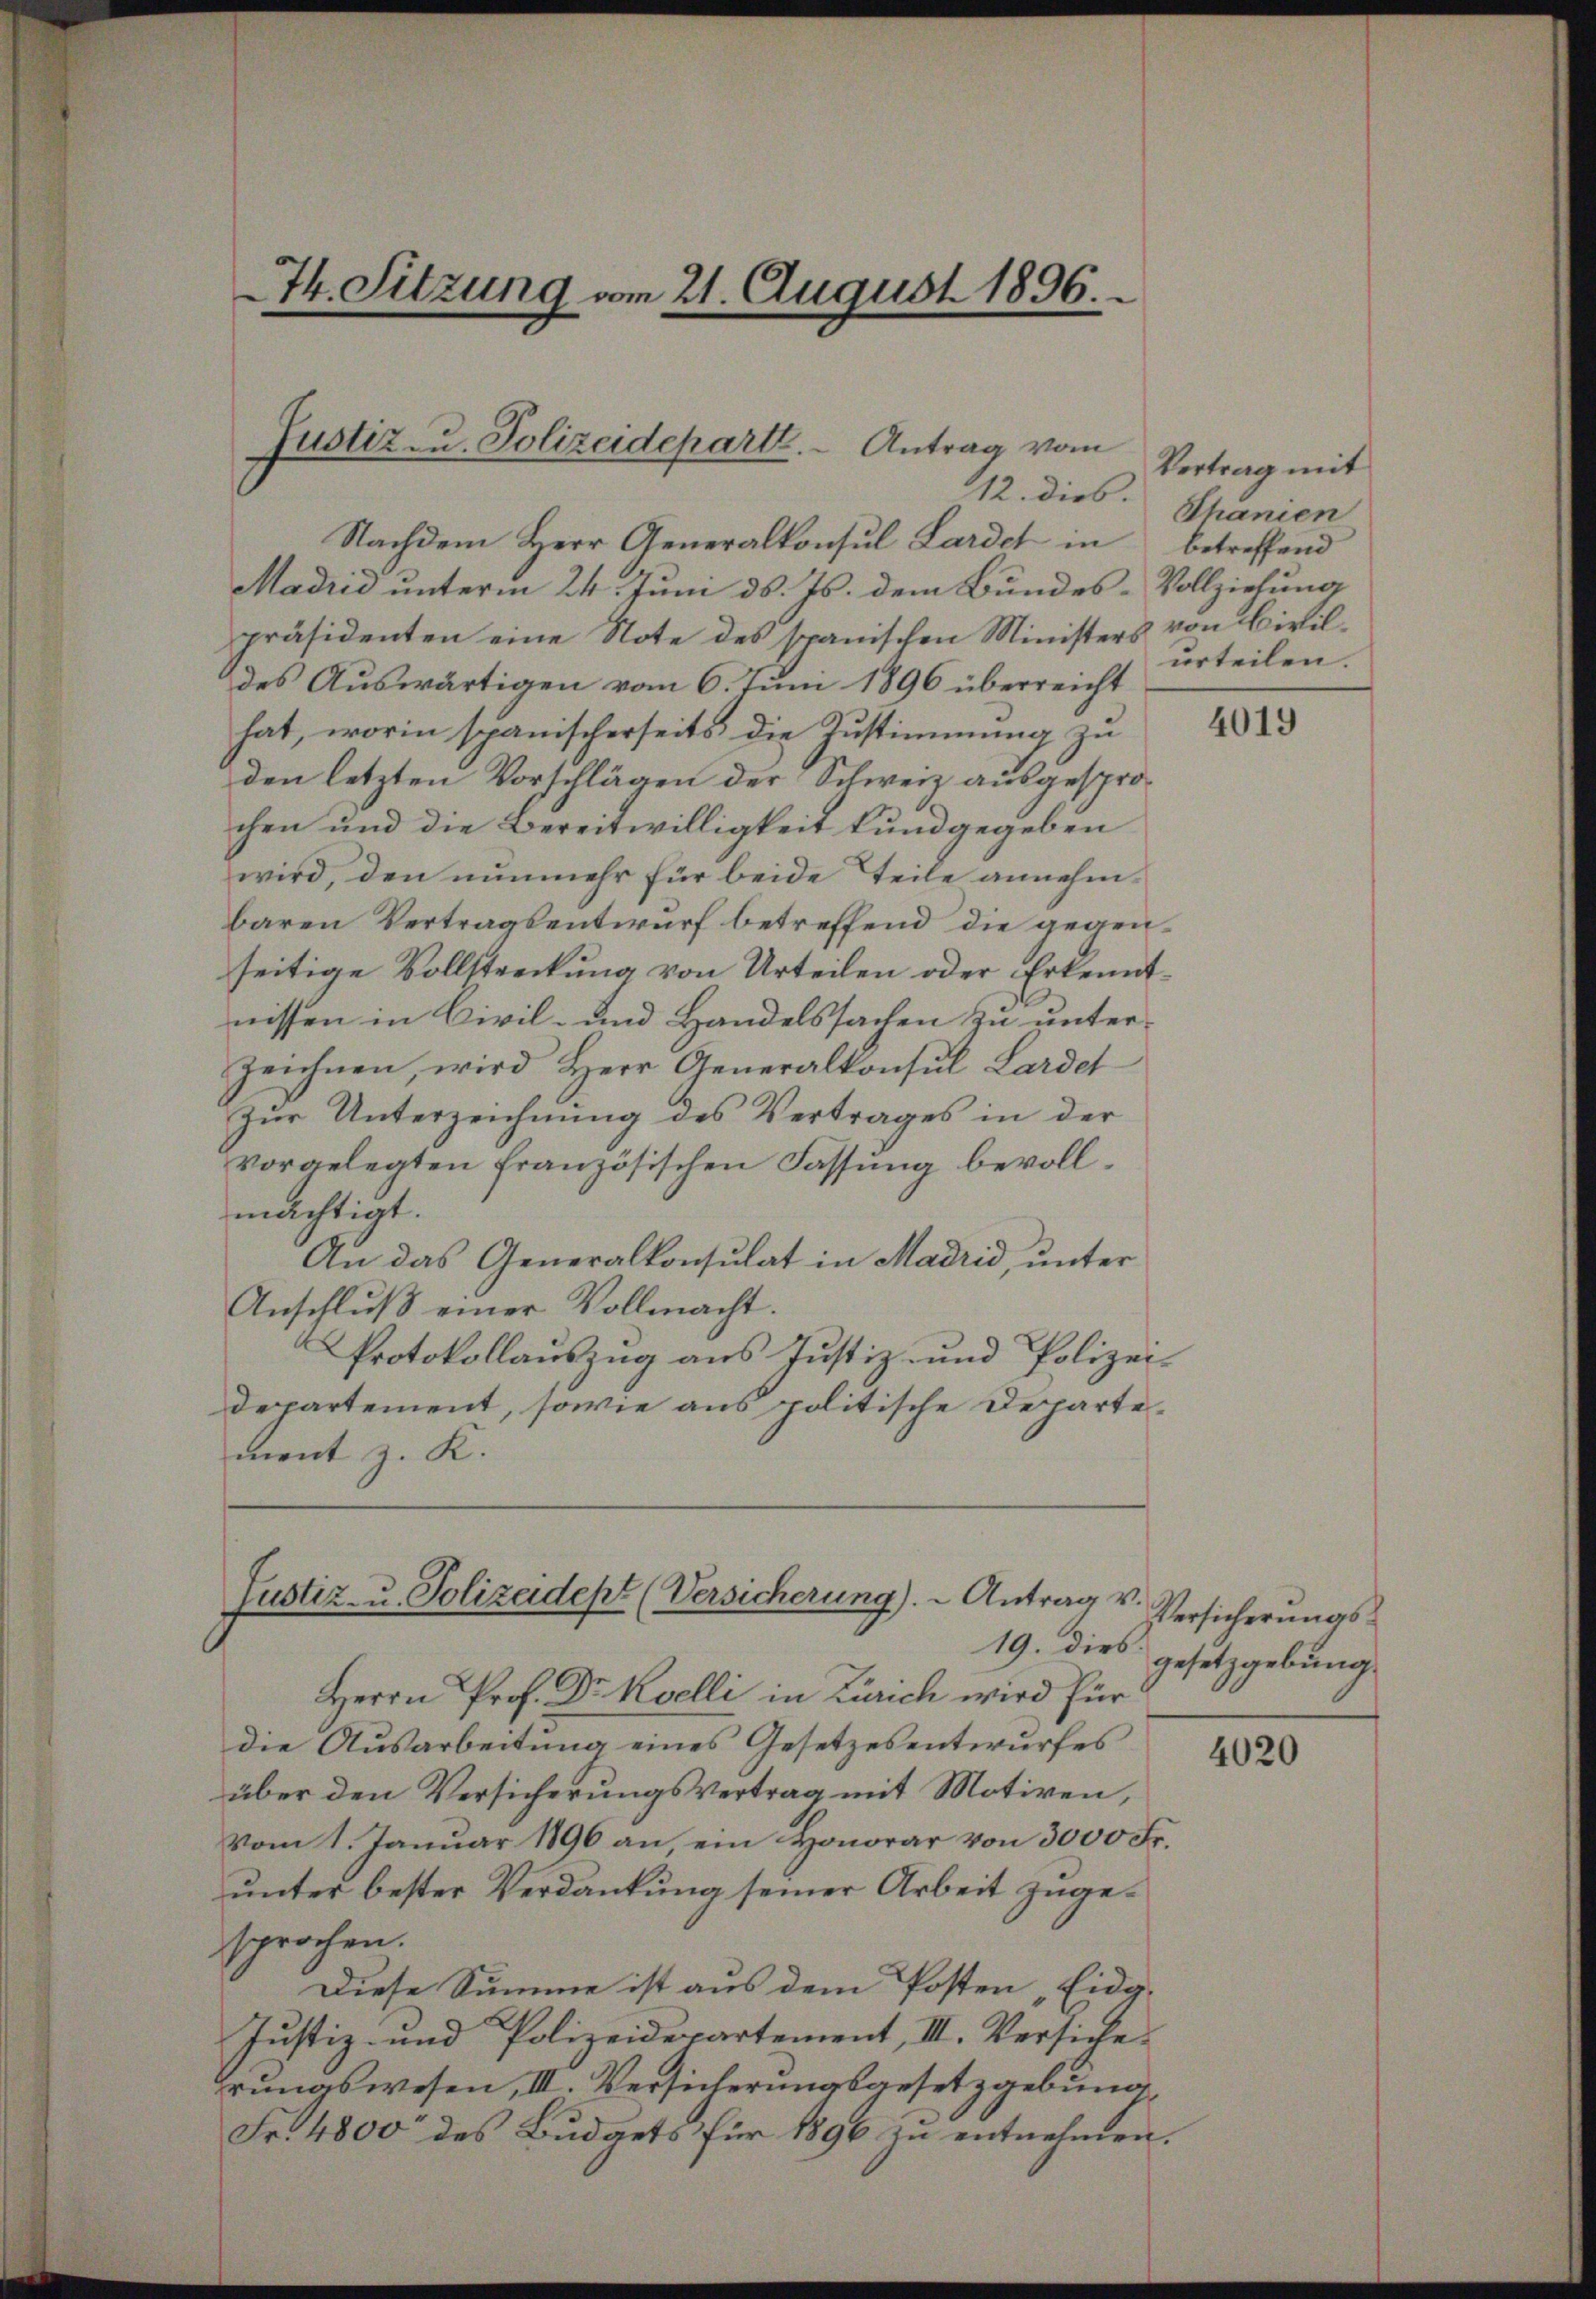
74. Sitzung vom 21. August 1896.

Justiz zu. Polizeideparte. - Antrag vom

Nachdem Herr Generalkonsul Lardet in betreffend
Madrid unterm 24. Juni d. Js. dem Bundes-Vollziehung
präsidenten eine Note des spanischen Ministers von Civildes Auswärtigen vom 6. Juni 1896 überreicht
hat, worin spanischerseits die Zustimmung zu
den letzten Vorschlägen der Schweiz ausgesprochen und die Bereitwilligkeit kundgegeben
wird, den nunmehr für beide Teile annehmbaren Vertragsentwurf betreffend die gegenseitige Vollstreckung von Urteilen oder Erkenntnissen in Civil- und Handelssachen zu unterzeichnen, wird Herr Generalkonsul Lardel
Zŭr Unterzeichnŭng des Vertrages in der
vorgelegten französischen Fassŭng bevoll-
mächtigt.
An das Generalkonsulat in Madrid, unter
Anschlŭβ einer Vollmacht.
Protokollauszug aus Justiz- und Polizei
departement, sowie aus politische Departement z. K.

Justiz- u. Polizeidept (Versicherung). - Antrag v.
19. dies

Herrn Prof. Dr. Roelli in Zürich wird für
die Ausarbeitung eines Gesetzesentwurfes
über den Versicherungsvertrag mit Motiven,
vom 1. Januar 1896 an, ein Honorar von 3000 Fr.
unter bester Verdankung seiner Arbeit zugesprochen.
Diese Summe ist aus dem Posten Eidg.
Justiz- und Polizeidepartement, III. Versichehrungswesen, III. Versicherungsgesetzgebung
Fr. 4800 des Budgets für 1896 zu entnehmen.

112. dies. Schanien

Vertrag mit
urteilen.

4019

Versicherungsgesetzgebung.

4020